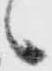
候